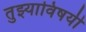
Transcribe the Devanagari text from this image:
तुझ्याविषयी